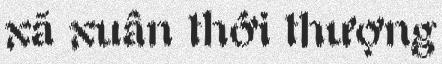
xã xuân thới thượng